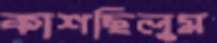
কাশছিলুম